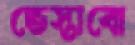
ভেস্তাবো